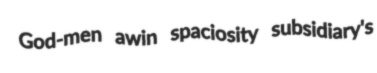
God-men awin spaciosity subsidiary's